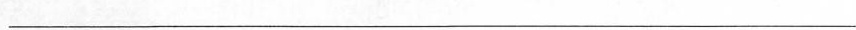
___